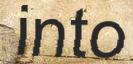
into